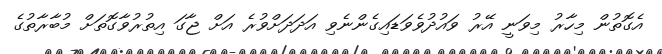
އެގޮތުން މިހާރު މިވަނީ އޭރު ވައުދުވެވަޑައިގެންނެވި އަދަދަށްވުރެ އަށް ޖާގަ އިތުރުވާގޮތަށް މުބާރާތުގެ